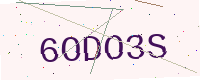
Text: 6ODO3S